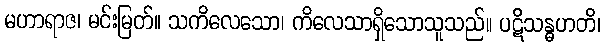
မဟာရာဇ၊ မင်းမြတ်။ သကိလေသော၊ ကိလေသာရှိသောသူသည်။ ပဋိသန္ဓဟတိ၊